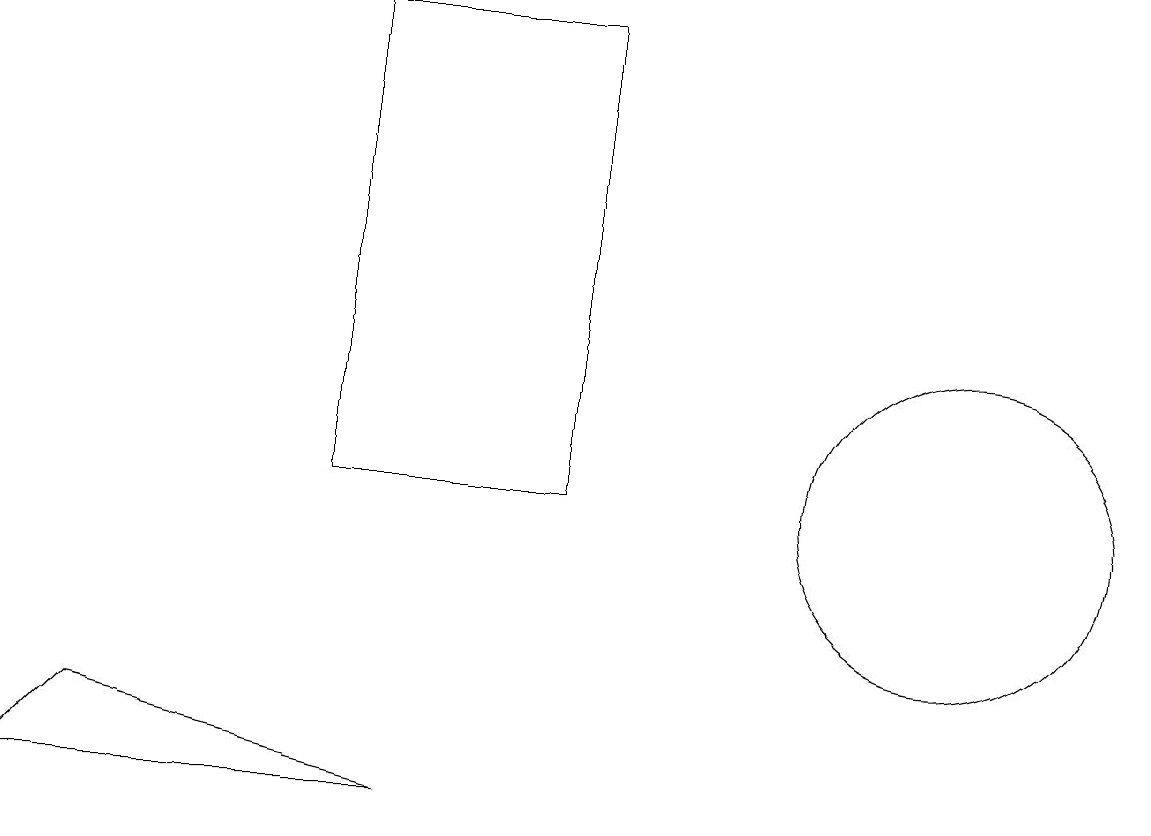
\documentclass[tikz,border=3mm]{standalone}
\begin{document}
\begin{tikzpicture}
\draw (12,10) circle (2);
\draw (1,7) -- (0,6) -- (5,6) -- cycle;
\draw (4,10) rectangle (7,16);
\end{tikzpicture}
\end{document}